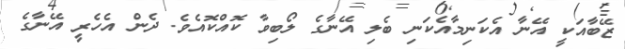
ޒޭބާއަކީ އޭނާ އެކަނިމާއެކަނި ބެލި އޭނާގެ ލޯބިވާ ކޮއްކޮއެވެ. ދެން އެހެރީ އޭނާގެ